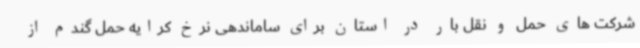
شرکت های حمل و نقل بار در استان برای ساماندهی نرخ کرایه حمل گندم از